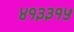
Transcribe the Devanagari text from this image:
४१३३१५